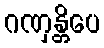
ဂဏှန္တိပေ